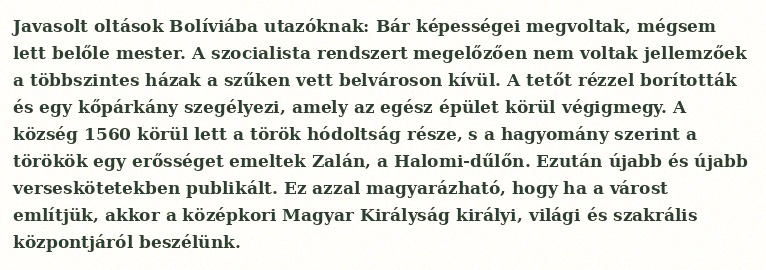
Javasolt oltások Bolíviába utazóknak: Bár képességei megvoltak, mégsem lett belőle mester. A szocialista rendszert megelőzően nem voltak jellemzőek a többszintes házak a szűken vett belvároson kívül. A tetőt rézzel borították és egy kőpárkány szegélyezi, amely az egész épület körül végigmegy. A község 1560 körül lett a török hódoltság része, s a hagyomány szerint a törökök egy erősséget emeltek Zalán, a Halomi-dűlőn. Ezután újabb és újabb verseskötetekben publikált. Ez azzal magyarázható, hogy ha a várost említjük, akkor a középkori Magyar Királyság királyi, világi és szakrális központjáról beszélünk.